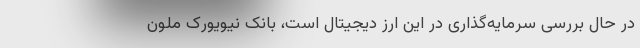
در حال بررسی سرمایه‌گذاری در این ارز دیجیتال است، بانک نیویورک ملون